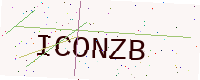
Text: ICONZB